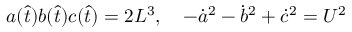
\begin{array} { r } { a ( \hat { t } ) b ( \hat { t } ) c ( \hat { t } ) = 2 L ^ { 3 } , \quad - \dot { a } ^ { 2 } - \dot { b } ^ { 2 } + \dot { c } ^ { 2 } = U ^ { 2 } } \end{array}